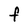
Character: F